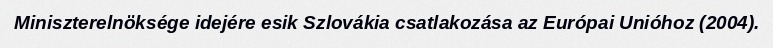
Miniszterelnöksége idejére esik Szlovákia csatlakozása az Európai Unióhoz (2004).